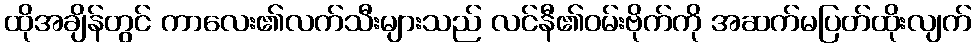
ထိုအချိန်တွင် ကာလေး၏လက်သီးများသည် လင်နီ၏ဝမ်းဗိုက်ကို အဆက်မပြတ်ထိုးလျက်